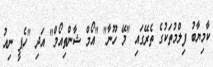
ކާމިޔާބު ފިލްމުތަކުގެ ތެރޭގައި "މޭ ހޫނާ" "އޯމް ޝާންތިއޯމް" އަދި "ހެޕީ ނިއު